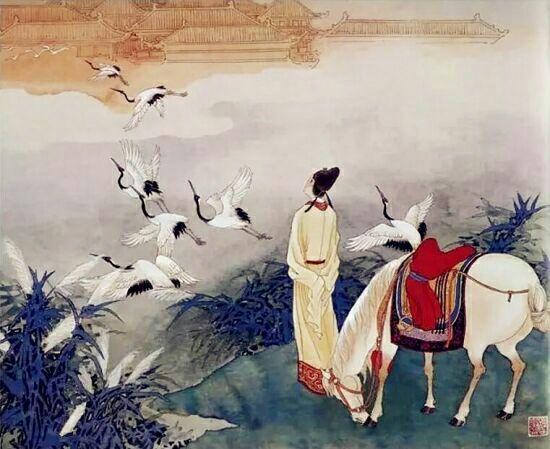
一身转战三千里，一剑曾当百万师。